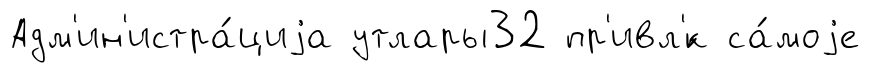
Адм'ин'истра́циjа утлары32 пр'ивл'́к са́моjе